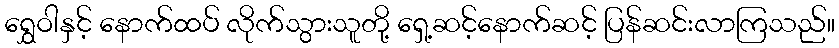
ရွှေဝါနှင့် နောက်ထပ် လိုက်သွားသူတို့ ရှေ့ဆင့်နောက်ဆင့် ပြန်ဆင်းလာကြသည်။